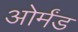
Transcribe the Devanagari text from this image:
ओर्मंड